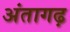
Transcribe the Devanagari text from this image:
अंतागढ़